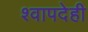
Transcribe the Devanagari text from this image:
श्वापदेही